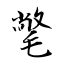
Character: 氅